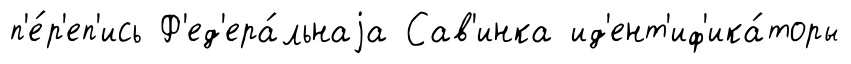
п'е́р'еп'ись Ф'ед'ера́льнаjа Сав'инка ид'ент'иф'ика́торы